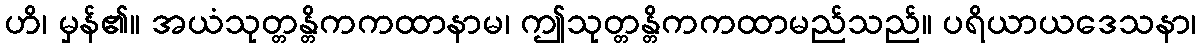
ဟိ၊ မှန်၏။ အယံသုတ္တန္တိကကထာနာမ၊ ဤသုတ္တန္တိကကထာမည်သည်။ ပရိယာယဒေသနာ၊